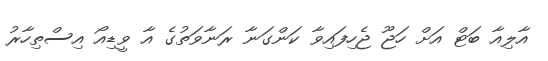
އާލިއާ ބަޓް އަށް ހަޖޫ ޖެހިފައިވާ ކަންގަނާ ރަނާވަތުގެ އާ ވީޑިއޯ އިސްތިހާރު